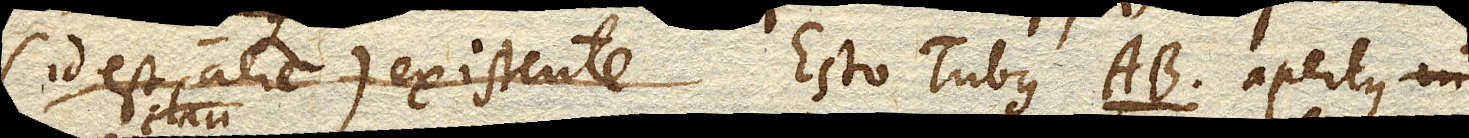
(id est aere) existente. Esto Tubus AB. apertus